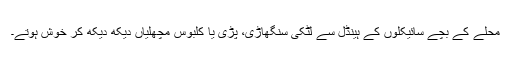
محلے کے بچے سائیکلوں کے ہینڈل سے لٹکی سنگھاڑی، پڑی یا کلبوس مچھلیاں دیکھ دیکھ کر خوش ہوتے۔